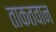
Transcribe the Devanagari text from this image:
ताकतवान